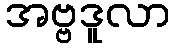
အဗ္ဗဒူလာ